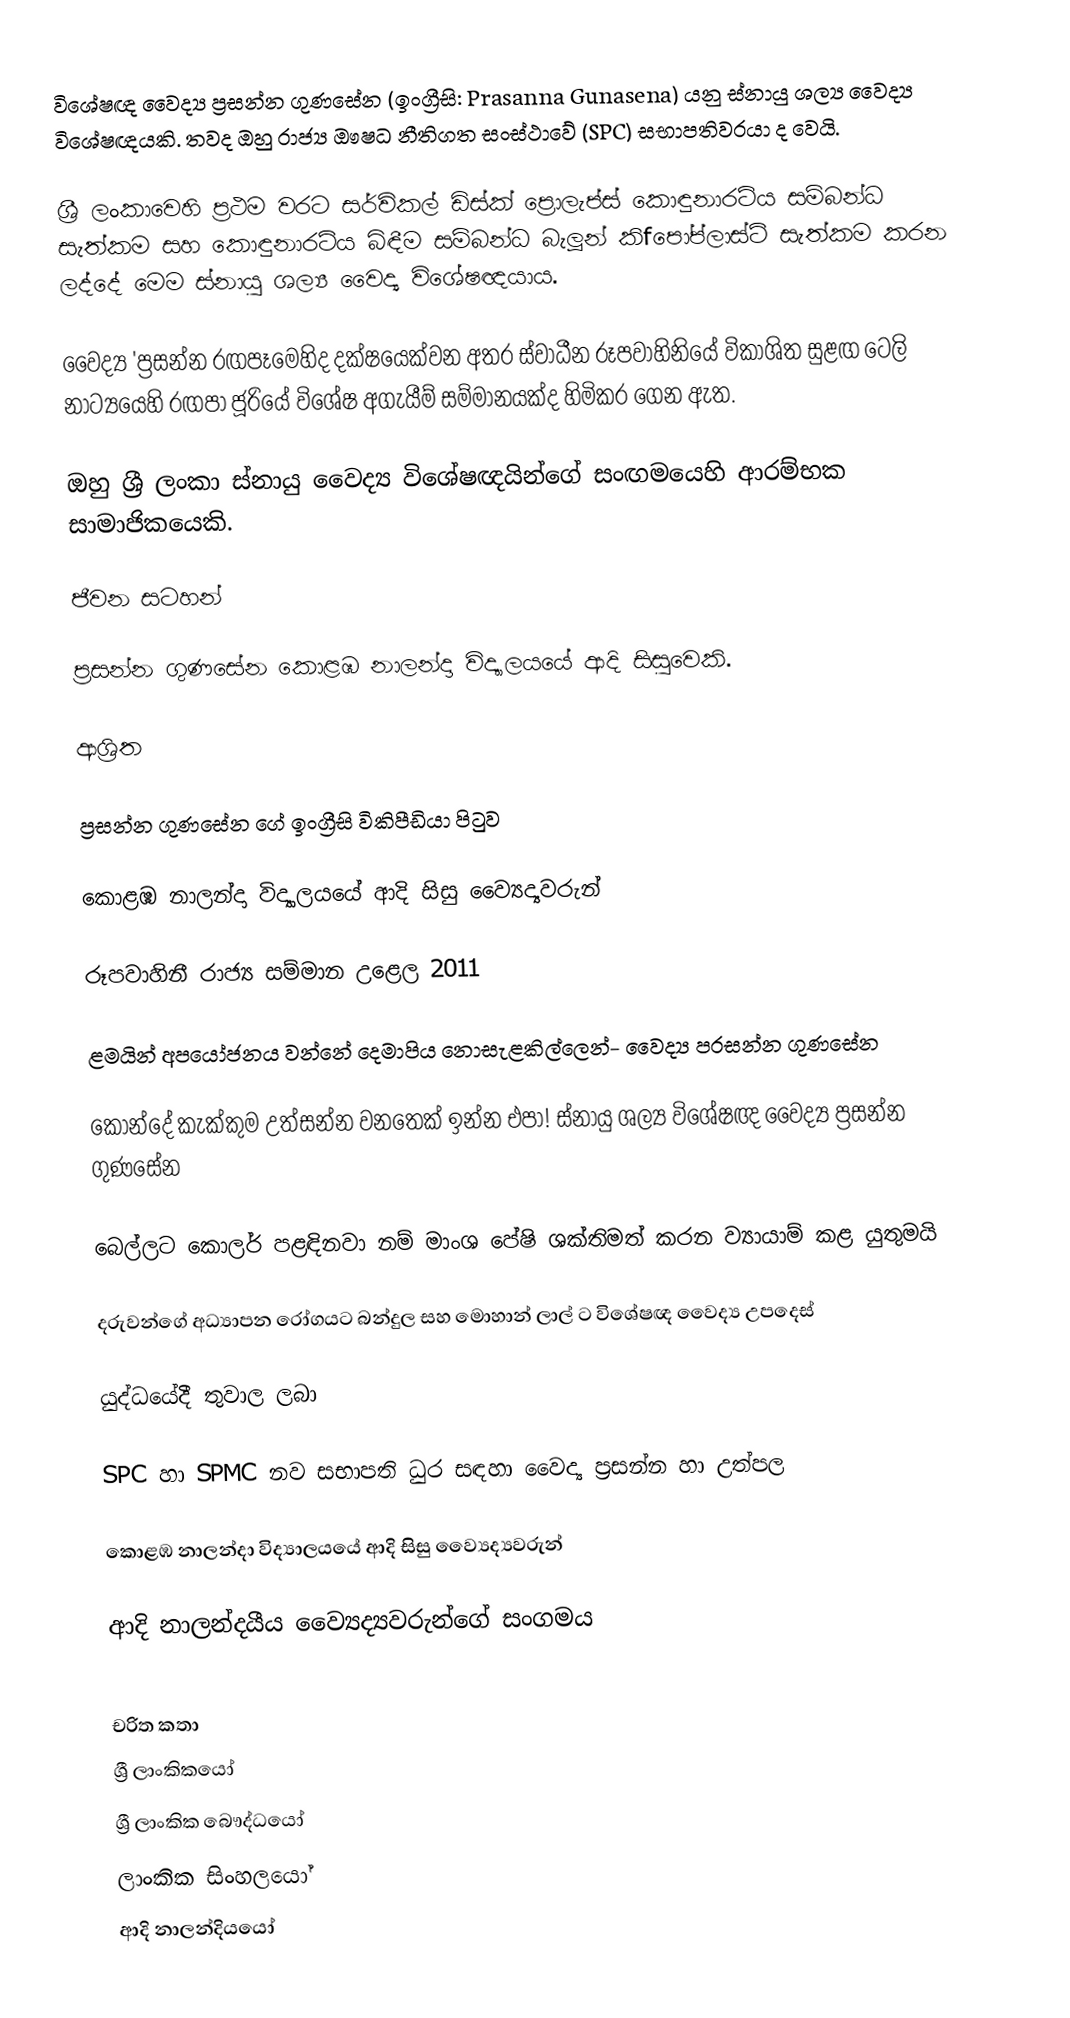
විශේෂඥ වෛද්‍ය ප්‍රසන්න ගුණසේන (ඉංග්‍රීසි: Prasanna Gunasena) යනු ස්නායු ශල්‍ය වෛද්‍ය විශේෂඥයකි. තවද ඔහු රාජ්‍ය ඖෂධ නීතිගත සංස්ථාවේ (SPC) සභාපතිවරයා ද වෙයි.

ශ්‍රී ලංකාවෙහි ප්‍රථම වරට සර්විකල් ඩිස්ක් ප්‍රොලැප්ස් කොඳුනාරටිය  සම්බන්ධ සැත්කම සහ කොඳුනාරටිය බිඳීම සම්බන්ධ බැලූන් කිfපෝප්‍ලාස්ටි සැත්කම කරන ලද්දේ මෙම ස්නායු ශල්‍ය වෛද්‍ය විශේෂඥයාය.

වෛද්‍ය 'ප්‍රසන්න රඟපෑමෙහිද දක්ෂයෙක්වන අතර ස්වාධීන රූපවාහිනියේ විකාශිත සුළඟ ටෙලි නාට්‍යයෙහි රඟපා ජූරියේ විශේෂ අගැයීම් සම්මානයක්ද හිමිකර ගෙන ඇත.

ඔහු ශ්‍රී ලංකා ස්නායු වෛද්‍ය විශේෂඥයින්ගේ සංඟමයෙහි ආරම්භක සාමාජිකයෙකි.

ජීවන සටහන්

ප්‍රසන්න ගුණසේන  කොළඹ නාලන්දා විද්‍යාලයයේ ආදි සිසුවෙකි.

ආශ්‍රිත

  ප්‍රසන්න ගුණසේන ගේ ඉංග්‍රීසි විකිපීඩියා පිටුව

 කොළඹ නාලන්දා විද්‍යාලයයේ ආදි සිසු ව්‍යෛද්‍යවරුන්

 රූපවාහිනී රාජ්‍ය සම්මාන උළෙල 2011

 ළමයින් අපයෝජනය වන්නේ දෙමාපිය නොසැළකිල්ලෙන්- වෛද්‍ය ප‍්‍රසන්න ගුණසේන

 කොන්දේ කැක්කුම උත්සන්න වනතෙක් ඉන්න එපා! ස්නායු ශල්‍ය විශේෂඥ වෛද්‍ය ප්‍රසන්න ගුණසේන

 බෙල්ලට කොලර් පළඳිනවා නම් මාංශ පේෂි ශක්තිමත් කරන ව්‍යායාම් කළ යුතුමයි

 දරුවන්ගේ අධ්‍යාපන රෝගයට බන්දුල සහ මොහාන් ලාල් ට විශේෂඥ වෛද්‍ය උපදෙස්

 යුද්ධයේදී තුවාල ලබා

 SPC හා SPMC නව සභාපති ධුර සඳහා වෛද්‍ය ප්‍රසන්න හා උත්පල

 කොළඹ නාලන්දා විද්‍යාලයයේ ආදි සිසු ව්‍යෛද්‍යවරුන්

 ආදි නාලන්දයීය ව්‍යෛද්‍යවරුන්ගේ සංගමය

චරිත කතා
ශ්‍රී ලාංකිකයෝ
ශ්‍රී ලාංකික බෞද්ධයෝ
ලාංකික සිංහලයෝ
ආදි නාලන්දියයෝ